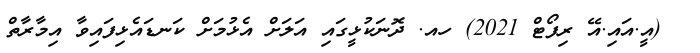
_ (އީ.އައި.އޭ ރިފޯޓް 2021) ހއ. ދޮނަކުޅީގައި އަލަށް އެޅުމަށް ކަނޑައެޅިފައިވާ އިމާރާތް